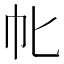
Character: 㠲